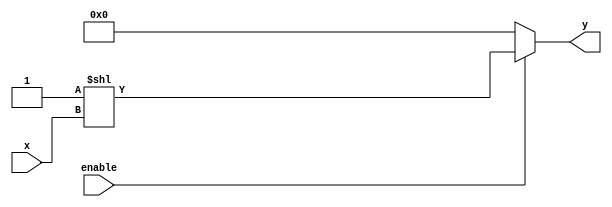
module decoder_n_to_m(x, enable, y);
    parameter NUMBER_OF_INPUT = 3;
    parameter NUMBER_OF_OUTPUT = 8; // 2 ** (NUMBER_OF_INPUT) = NUMBER_OF_OUTPUT

    input [NUMBER_OF_INPUT-1:0] x;
    input enable;
    output reg [NUMBER_OF_OUTPUT-1:0] y;

    always @(*) begin
        // use blocking assignment
        if (!enable) y = {NUMBER_OF_OUTPUT{1'b0}};
        else y = {{(NUMBER_OF_OUTPUT-1){1'b0}}, 1'b1} << x;
    end
endmodule